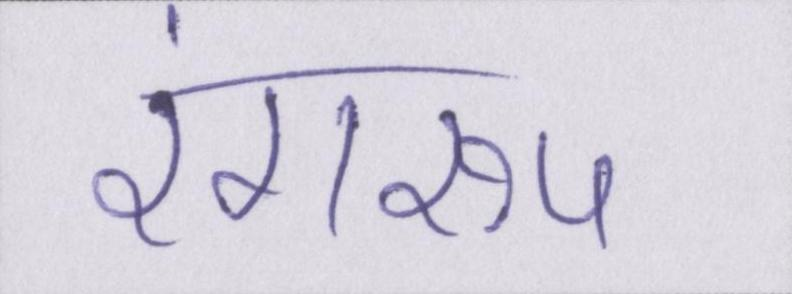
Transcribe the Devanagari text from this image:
रंगरूप